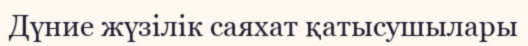
Дүние жүзілік саяхат қатысушылары